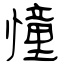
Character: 憧